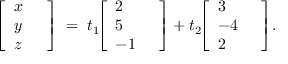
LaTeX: { \left[ \begin{array} { l l } { x } & { } \\ { y } & { } \\ { z } & { } \end{array} \right] } \; = \; t _ { 1 } \! { \left[ \begin{array} { l l } { 2 } & { } \\ { 5 } & { } \\ { - 1 } & { } \end{array} \right] } + t _ { 2 } \! { \left[ \begin{array} { l l } { 3 } & { } \\ { - 4 } & { } \\ { 2 } & { } \end{array} \right] } .